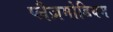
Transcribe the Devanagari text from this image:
प्लैज़मोडियम